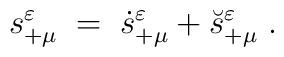
s^\varepsilon_{+\mu} \;=\; \dot{s}^\varepsilon_{+\mu}+ \breve{s}^\varepsilon_{+\mu} \;.